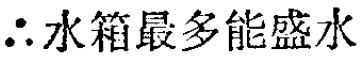
$\therefore$水箱最多能盛水